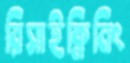
রিসাইক্লিনিং